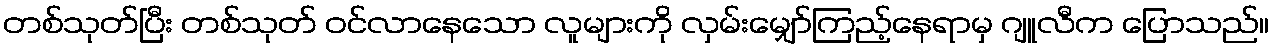
တစ်သုတ်ပြီး တစ်သုတ် ဝင်လာနေသော လူများကို လှမ်းမျှော်ကြည့်နေရာမှ ဂျူလီက ပြောသည်။